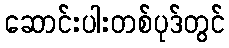
ဆောင်းပါးတစ်ပုဒ်တွင်